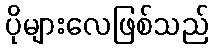
ပိုများလေဖြစ်သည်